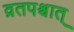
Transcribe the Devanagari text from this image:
व्रतपश्चात्‌